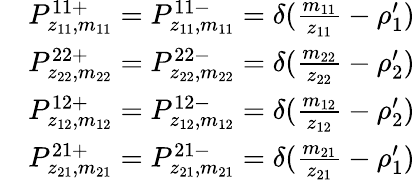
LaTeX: \begin{array}{rl}&{P_{z_{11},m_{11}}^{11+}=P_{z_{11},m_{11}}^{11-}=\delta(\frac{m_{11}}{z_{11}}-\rho_{1}^{\prime})}\\ &{P_{z_{22},m_{22}}^{22+}=P_{z_{22},m_{22}}^{22-}=\delta(\frac{m_{22}}{z_{22}}-\rho_{2}^{\prime})}\\ &{P_{z_{12},m_{12}}^{12+}=P_{z_{12},m_{12}}^{12-}=\delta(\frac{m_{12}}{z_{12}}-\rho_{2}^{\prime})}\\ &{P_{z_{21},m_{21}}^{21+}=P_{z_{21},m_{21}}^{21-}=\delta(\frac{m_{21}}{z_{21}}-\rho_{1}^{\prime})}\end{array}